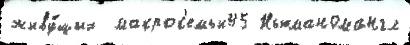
живу́щих  макрос'емьи45 Ньюманомангл